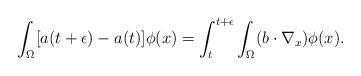
LaTeX: \begin{align*} \int_{\Omega} [a(t+ \epsilon) - a(t)]\phi(x) = \int_{t}^{t+ \epsilon}\int_{\Omega}(b\cdot \nabla_{x})\phi(x). \end{align*}